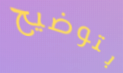
بتوضيح